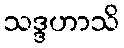
သဒ္ဒဟာသိ